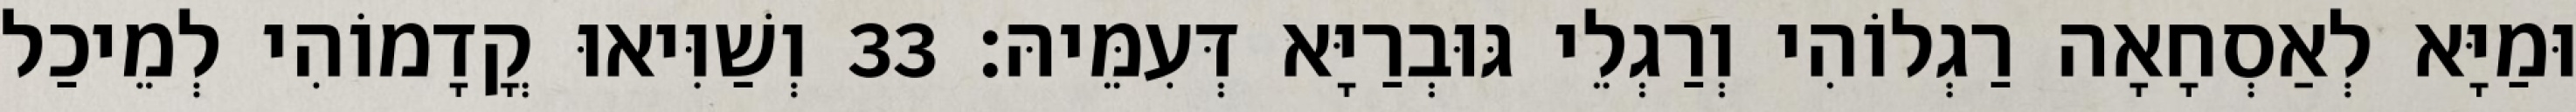
וּמַיָּא לְאַסְחָאָה רַגְלוֹהִי וְרַגְלֵי גּוּבְרַיָּא דְּעִמֵּיהּ׃ 33 וְשַׁוִּיאוּ קֳדָמוֹהִי לְמֵיכַל